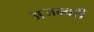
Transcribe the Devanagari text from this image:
अजम्बरी